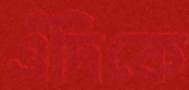
এঁদিকে